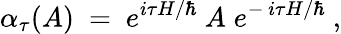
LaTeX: \alpha_{\tau}(A)\ =\ e^{i\tau H/\hbar}\ A\; e^{-\, i\tau H/\hbar}\ ,